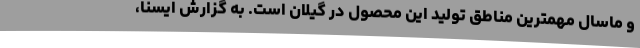
و ماسال مهمترین مناطق تولید این محصول در گیلان است. به گزارش ایسنا،